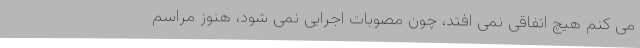
می کنم هیچ اتفاقی نمی افتد، چون مصوبات اجرایی نمی شود، هنوز مراسم